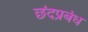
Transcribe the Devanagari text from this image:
छंदप्रबंध